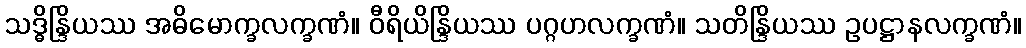
သဒ္ဓိန္ဒြိယဿ အဓိမောက္ခလက္ခဏံ။ ဝီရိယိန္ဒြိယဿ ပဂ္ဂဟလက္ခဏံ။ သတိန္ဒြိယဿ ဥပဋ္ဌာနလက္ခဏံ။